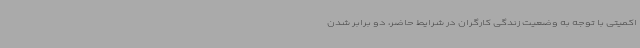
اکمیتی با توجه به وضعیت زندگی کارگران در شرایط حاضر، دو برابر شدن